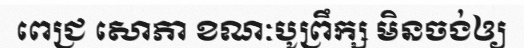
ពេជ្រ សោភា ខណៈបូព្រឹក្ស មិនចង់ឲ្យ